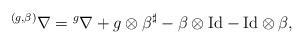
\begin{align*}{}^{(g,\beta)}\nabla={}^g\nabla+g\otimes \beta^{\sharp}-\beta\otimes\mathrm{Id}-\mathrm{Id}\otimes \beta, \end{align*}